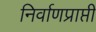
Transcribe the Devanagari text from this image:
निर्वाणप्राप्ती